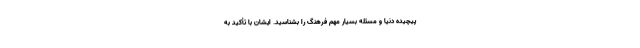
پیچیده دنیا و مسئله بسیار مهم فرهنگ را بشناسید. ایشان با تأکید به